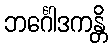
ဘင်္ဂေါဒကန္တိ